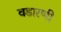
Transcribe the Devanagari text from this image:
वडारणी